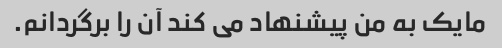
مایک به من پیشنهاد می کند آن را برگردانم.